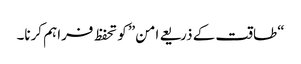
“طاقت کے ذریعے امن” کو تحفظ فراہم کرنا۔